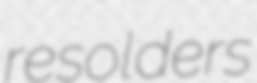
resolders